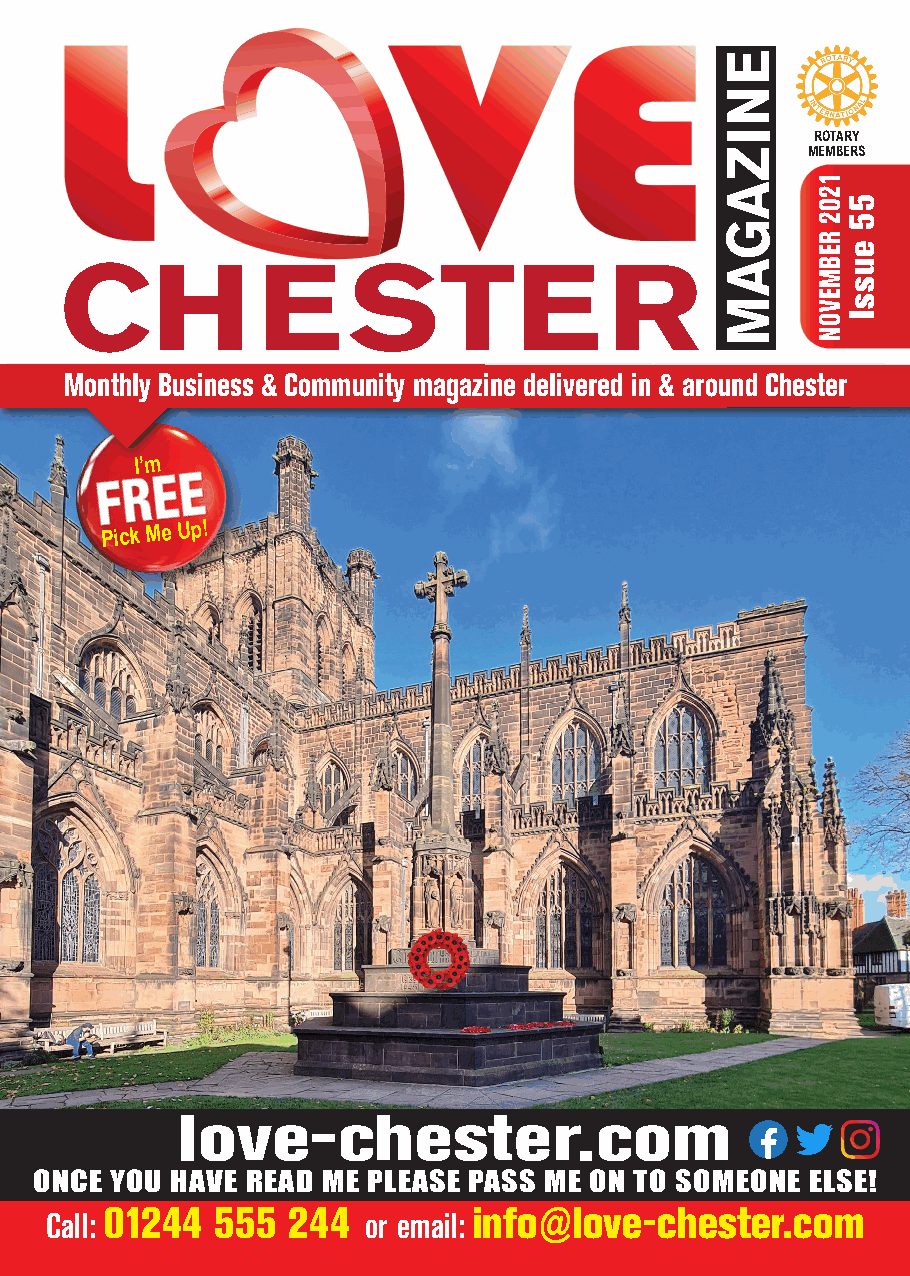
ROTARY
 MEMBERS
 CHESTER
 Monthly Business & Community magazine delivered in & around Chester
 I’m
 Pick Me Up!
 love-chester.com
 ONCE YOU HAVE READ ME PLEASE PASS ME ON TO SOMEONE ELSE!
 01244  555  244         info@love-chester.com
 Call:                or email:
 ENIZAGAM
 1202
 REBMEVON
 55
 eussI